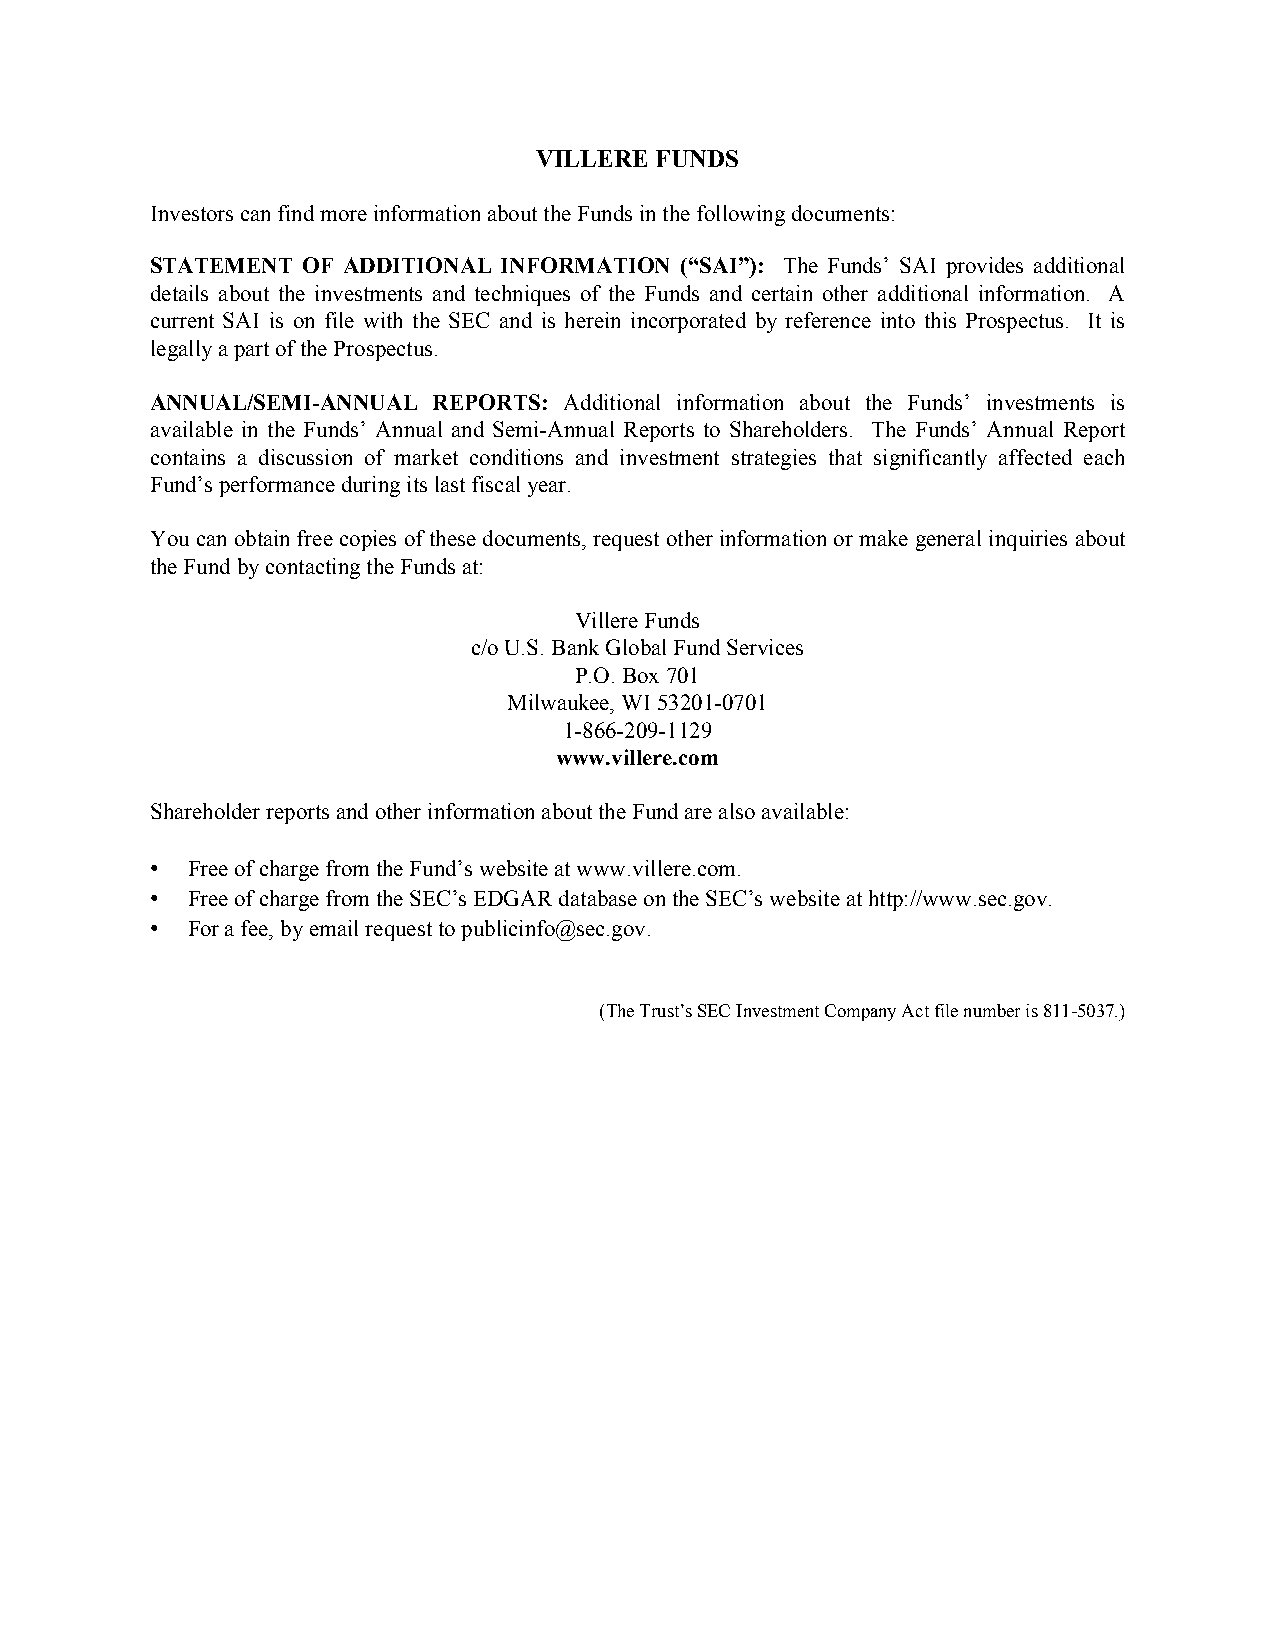
VILLERE FUNDS
 Investors can find more information about the Funds in the following documents:
 STATEMENT OF ADDITIONAL INFORMATION (“SAI”): The Funds’ SAI provides additional
 details about the investments and techniques of the Funds and certain other additional information. A
 current SAI is on file with the SEC and is herein incorporated by reference into this Prospectus. It is
 legally a part of the Prospectus.
 ANNUAL/SEMI-ANNUAL REPORTS: Additional information about the Funds’ investments is
 available in the Funds’ Annual and Semi-Annual Reports to Shareholders. The Funds’ Annual Report
 contains a discussion of market conditions and investment strategies that significantly affected each
 Fund’s performance during its last fiscal year.
 You can obtain free copies of these documents, request other information or make general inquiries about
 the Fund by contacting the Funds at:
 Villere Funds
 c/o U.S. Bank Global Fund Services
 P.O. Box 701
 Milwaukee, WI 53201-0701
 1-866-209-1129
 www.villere.com
 Shareholder reports and other information about the Fund are also available:
 • Free of charge from the Fund’s website at www.villere.com.
 • Free of charge from the SEC’s EDGAR database on the SEC’s website at http://www.sec.gov.
 • For a fee, by email request to publicinfo@sec.gov.
 (The Trust’s SEC Investment Company Act file number is 811-5037.)